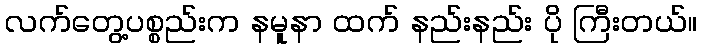
လက်တွေ့ပစ္စည်းက နမူနာ ထက် နည်းနည်း ပို ကြီးတယ်။